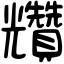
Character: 𧹍